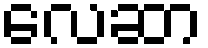
လေဆာ